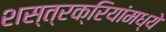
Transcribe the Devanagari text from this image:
शस्त्रक्रियांमध्ये